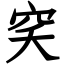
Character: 穾